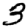
Digit: 3